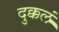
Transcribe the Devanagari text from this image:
दुक्कलं